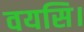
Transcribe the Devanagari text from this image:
वयसि।